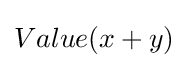
Value(x+y)